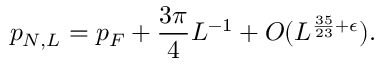
p _ { N , L } = p _ { F } + \frac { 3 \pi } { 4 } L ^ { - 1 } + O ( L ^ { \frac { 3 5 } { 2 3 } + \epsilon } ) .